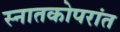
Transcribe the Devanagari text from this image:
स्नातकोपरांत